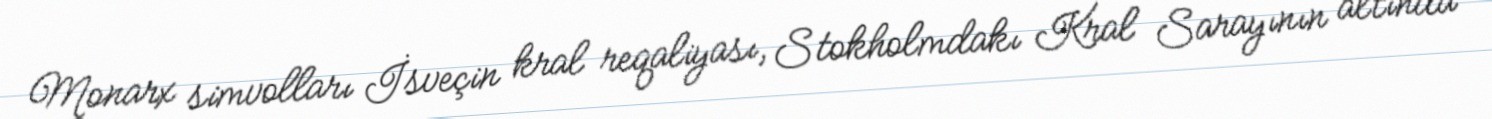
Monarx simvolları İsveçin kral reqaliyası, Stokholmdakı Kral Sarayının altında